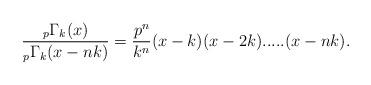
LaTeX: \begin{align*}\frac{_{p}\Gamma_{k}(x)}{_{p}\Gamma_{k}(x-nk)}=\frac{p^{n}}{k^{n}}(x-k)(x-2k).....(x-nk).\end{align*}